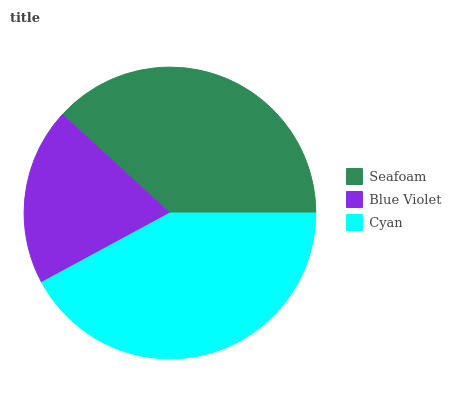
| Seafoam | Blue Violet | Cyan |
 | --- | --- | --- |
 | 38.2% | 19.7% | 42.1% |